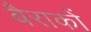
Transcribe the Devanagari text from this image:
बैराकों